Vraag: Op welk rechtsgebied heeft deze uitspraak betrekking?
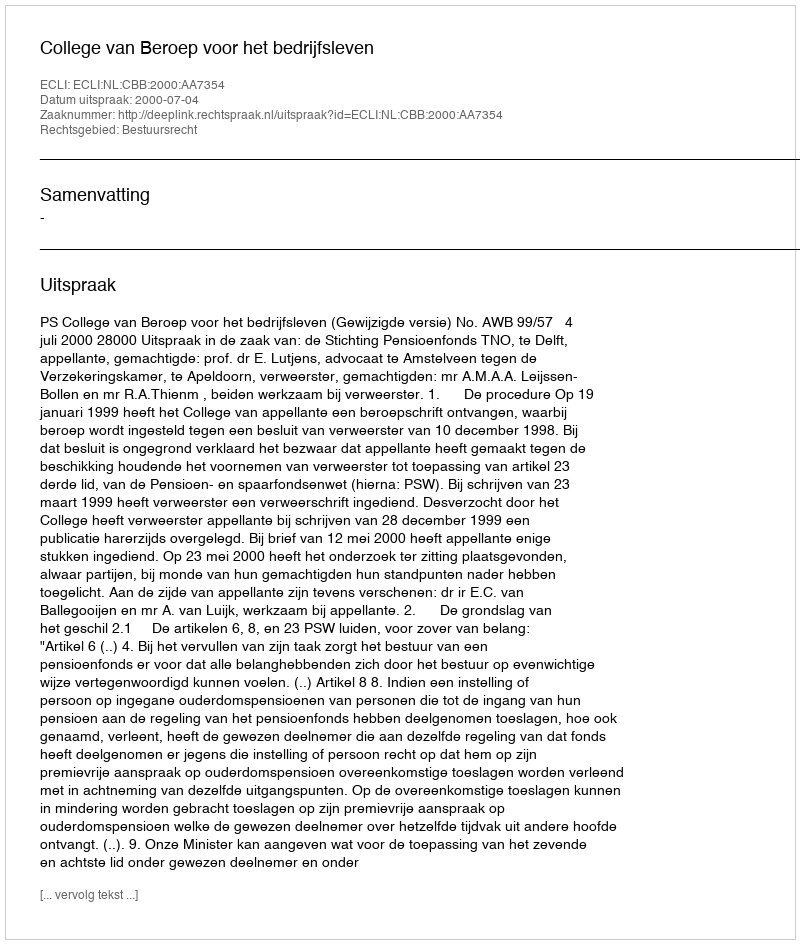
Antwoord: Bestuursrecht